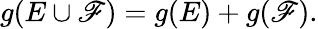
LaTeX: g(E\cup\mathscr{F})=g(E)+g(\mathscr{F}).